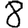
Digit: 8